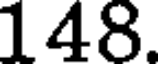
148.